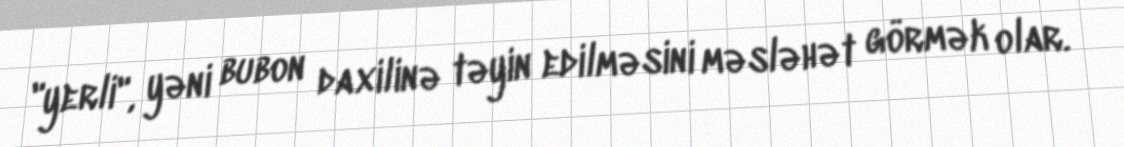
"yerli", yəni bubon daxilinə təyin edilməsini məsləhət görmək olar.